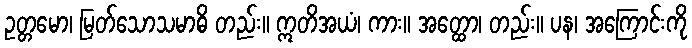
ဥတ္တမော၊ မြတ်သောသမာဓိ တည်း။ ဣတိအယံ၊ ကား။ အတ္ထော၊ တည်း။ ပန၊ အကြောင်းကို